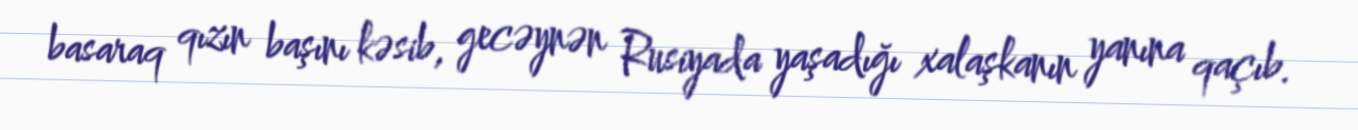
basaraq qızın başını kəsib, gecəynən Rusiyada yaşadığı xalaşkanın yanına qaçıb.